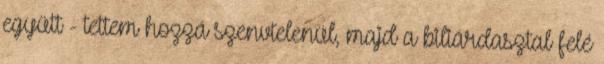
együtt - tettem hozzá szenvtelenül, majd a biliárdasztal felé